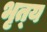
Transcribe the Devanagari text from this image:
भृत्‍य